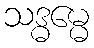
သဒ္ဓမ္မေ